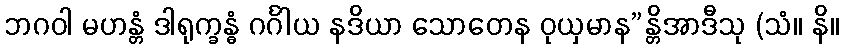
ဘဂဝါ မဟန္တံ ဒါရုက္ခန္ဓံ ဂင်္ဂါယ နဒိယာ သောတေန ဝုယှမာန”န္တိအာဒီသု (သံ။ နိ။